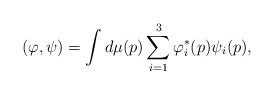
\begin{align*}(\varphi,\psi) = \int d\mu(p) \sum_{i=1}^{3} \varphi_{i}^{\ast}(p)\psi_{i}(p),\end{align*}